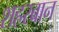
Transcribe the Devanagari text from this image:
शहरबान